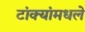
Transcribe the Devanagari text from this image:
टांक्यांमधले